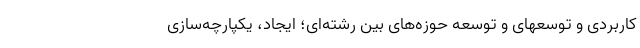
کاربردی و توسعهای و توسعه حوزه‌های بین رشته‌ای؛ ایجاد، یکپارچه‌سازی